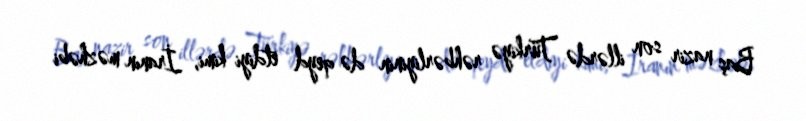
Baş nazir son illərdə Türkiyə rəhbərliyinin də qeyd etdiyi kimi, İranın məzhəbi